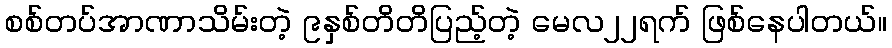
စစ်တပ်အာဏာသိမ်းတဲ့ ၉နှစ်တိတိပြည့်တဲ့ မေလ၂၂ရက် ဖြစ်နေပါတယ်။